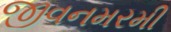
જીવનમરમી